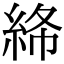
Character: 𥿸